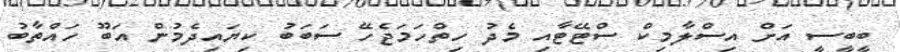
ބީބީސީ އަށް އިސްލާމިކް ސްޓޭޓާއި މެދު ހިތްހަމަޖެހޭ ސަބަބު ކިޔައިދެމުން އަބޫ ހައްތާބު